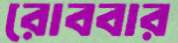
রোববার